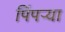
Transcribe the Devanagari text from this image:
पिंपऱ्या